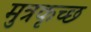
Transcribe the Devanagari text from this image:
मुत्रकृच्छ